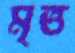
মৃত্ত